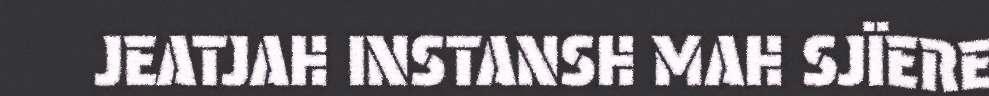
JEATJAH INSTANSH MAH SJÏERE